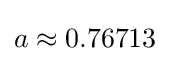
a\approx 0.76713